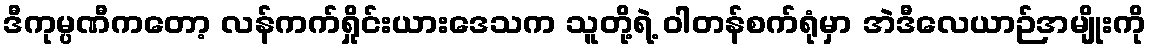
ဒီကုမ္ပဏီကတော့ လန်ကက်ရှိုင်းယားဒေသက သူတို့ရဲ့ ဝါတန်စက်ရုံမှာ အဲဒီလေယာဉ်အမျိုးကို